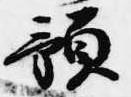
預